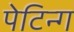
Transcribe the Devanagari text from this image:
पेटिन्ग